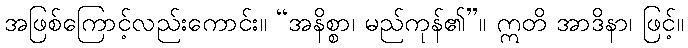
အဖြစ်ကြောင့်လည်းကောင်း။ “အနိစ္စာ၊ မည်ကုန်၏”။ ဣတိ အာဒိနာ၊ ဖြင့်။